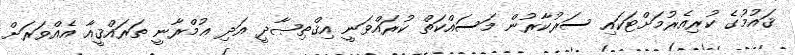
ޤައުމުގެ ކުރިއެރުމަށްޓަކައި ސަރުކާރުން މަސައްކަތް ކުރައްވަނީ އިޤްތިޞާދީ އަދި ޢުމްރާނީ ތަރައްޤީއާ އެއްވަރަށް